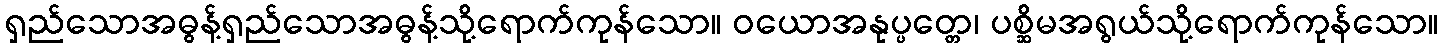
ရှည်သောအဓွန့်ရှည်သောအဓွန့်သို့ရောက်ကုန်သော။ ဝယောအနုပ္ပတ္တေ၊ ပစ္ဆိမအရွယ်သို့ရောက်ကုန်သော။